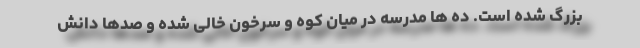
بزرگ شده است. ده ها مدرسه در میان کوه و سرخون خالی شده و صدها دانش